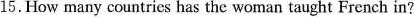
15.How many countries has the woman taught French in?